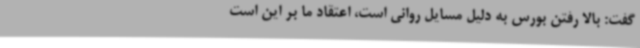
گفت: بالا رفتن بورس به دلیل مسایل روانی است، اعتقاد ما بر این است